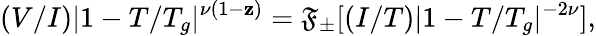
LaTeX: (V/I)|1-T/T_{g}|^{\nu(1-\mathbf{z})}=\mathfrak{{F}}_{\pm}[(I/T)|1-T/T_{g}|^{-2\nu}],